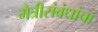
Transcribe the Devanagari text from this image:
मैत्रीसंबंधांचा